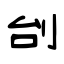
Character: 刣